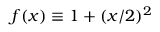
f ( x ) \equiv 1 + ( x / 2 ) ^ { 2 }